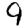
Digit: 9